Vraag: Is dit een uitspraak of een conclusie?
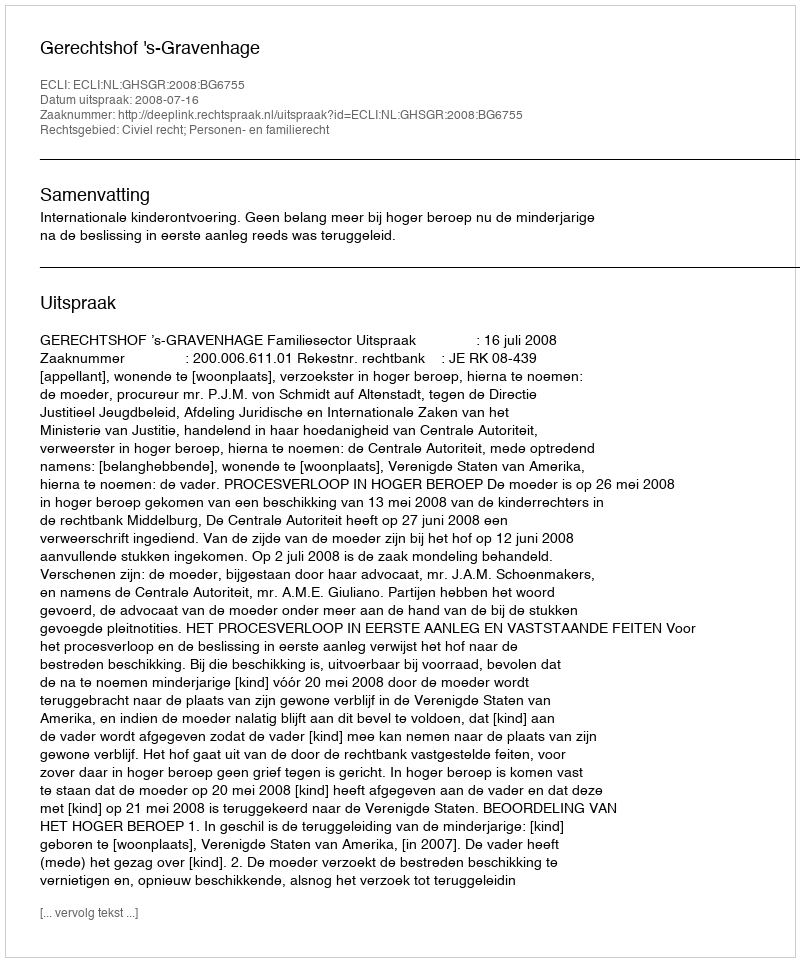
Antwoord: Uitspraak